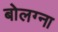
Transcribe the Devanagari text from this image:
बोलग्ना